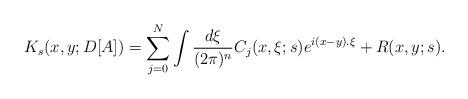
LaTeX: \begin{align*}K_s(x,y;D[A])=\sum_{j=0}^{N}\int \frac{d\xi}{(2\pi)^n}C_j(x,\xi;s)e^{i(x-y).\xi}+ R(x,y;s).\end{align*}